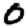
Digit: 0